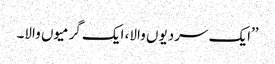
’’ایک سردیوں والا، ایک گرمیوں والا۔